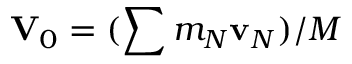
{ \bf V } _ { 0 } = ( \sum m _ { N } { \bf v } _ { N } ) / M